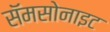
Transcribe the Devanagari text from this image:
सॅमसोनाइट